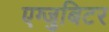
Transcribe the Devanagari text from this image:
एग्जुबिटर